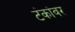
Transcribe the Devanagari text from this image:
टंकांवर